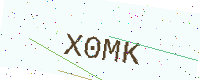
Text: X0MK